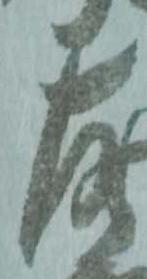
十